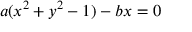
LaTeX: a ( x ^ { 2 } + y ^ { 2 } - 1 ) - b x = 0